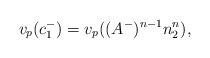
LaTeX: \begin{align*} v_p(c_1^-) = v_p((A^-)^{n-1}n_2^n), \end{align*}